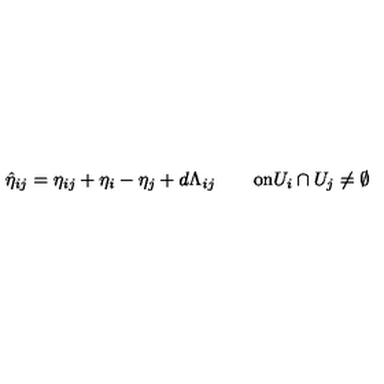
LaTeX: \hat { \eta } _ { i j } = \eta _ { i j } + \eta _ { i } - \eta _ { j } + d \Lambda _ { i j } \qquad \mathrm { o n } U _ { i } \cap { } U _ { j } \neq \emptyset